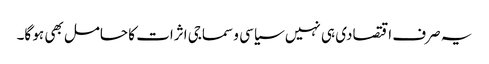
یہ صرف اقتصادی ہی نہیں سیاسی و سماجی اثرات کا حامل بھی ہو گا۔